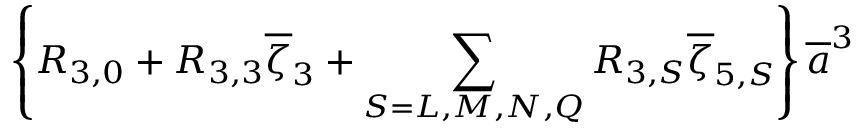
\left\{ R _ { 3 , 0 } + R _ { 3 , 3 } \overline { { \zeta } } _ { 3 } + \sum _ { S = L , M , N , Q } R _ { 3 , S } \overline { { \zeta } } _ { 5 , S } \right\} \overline { { { a } } } ^ { 3 }